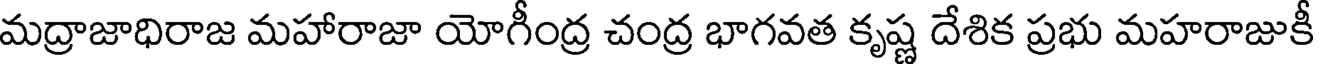
మద్రాజాధిరాజ మహారాజా యోగీంద్ర చంద్ర భాగవత కృష్ణ దేశిక ప్రభు మహరాజుకీ